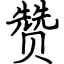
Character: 赞